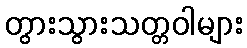
တွားသွားသတ္တဝါများ